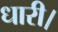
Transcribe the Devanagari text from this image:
धारी।